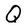
Character: Q